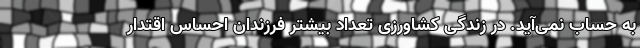
به حساب نمی‌آید. در زندگی کشاورزی تعداد بیشتر فرزندان احساس اقتدار